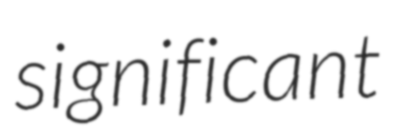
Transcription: significant